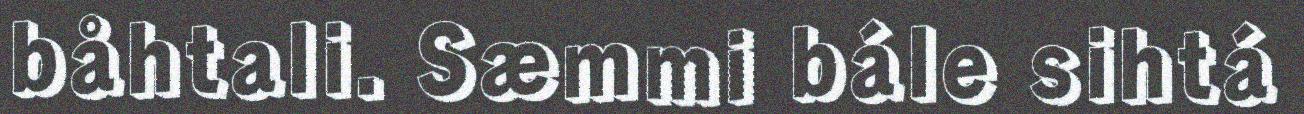
båhtali. Sæmmi bále sihtá